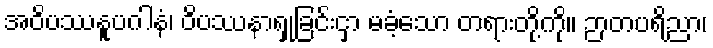
အဝိပဿနူပဂါနံ၊ ဝိပဿနာရှုခြင်းငှာ မခံ့သော တရားတို့ကို။ ဉာတပရိညာ၊